Lunatic asylums Central Provinces reports 1886-1894 - 1886-1894
Year: 1886
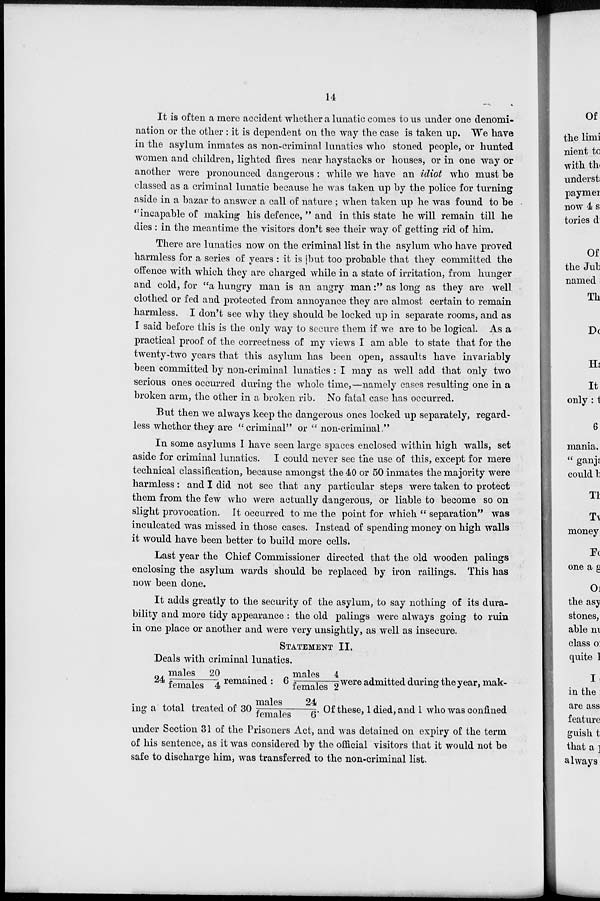
14
It is often a mere accident whether a lunatic comes to us under one denomi-
nation or the other : it is dependent on the way the case is taken up. We have
in the asylum inmates as non-criminal lunatics who stoned people, or hunted
women and children, lighted fires near haystacks or houses, or in one way or
another were pronounced dangerous : while we have an idiot who must be
classed as a criminal lunatic because he was taken up by the police for turning
aside in a bazar to answer a call of nature ; when taken up he was found to be
"incapable of making his defence, " and in this state he will remain till he
dies : in the meantime the visitors don't see their way of getting rid of him.
There are lunatics now on the criminal list in the asylum who have proved
harmless for a series of years : it is but too probable that they committed the
offence with which they are charged while in a state of irritation, from hunger
and cold, for "a hungry man is an angry man:" as long as they are well
clothed or fed and protected from annoyance they are almost certain to remain
harmless. I don't see why they should be locked up in separate rooms, and as
I said before this is the only way to secure them if we are to be logical. As a
practical proof of the correctness of my views I am able to state that for the
twenty-two years that this asylum has been open, assaults have invariably
been committed by non-criminal lunatics : I may as well add that only two
serious ones occurred during the whole time,—namely cases resulting one in a
broken arm, the other in a broken rib. No fatal case has occurred.
But then we always keep the dangerous ones locked up separately, regard-
less whether they are "criminal" or " non-criminal."
In some asylums I have seen large spaces enclosed within high walls, set
aside for criminal lunatics. I could never see the use of this, except for mere
technical classification, because amongst the 40 or 50 inmates the majority were
harmless: and I did not see that any particular steps were taken to protect
them from the few who were actually dangerous, or liable to become so on
slight provocation. It occurred to me the point for which " separation" was
inculcated was missed in those cases. Instead of spending money on high walls
it would have been better to build more cells.
Last year the Chief Commissioner directed that the old wooden palings
enclosing the asylum wards should be replaced by iron railings. This has
now been done.
It adds greatly to the security of the asylum, to say nothing of its dura-
bility and more tidy appearance : the old palings were always going to ruin
in one place or another and were very unsightly, as well as insecure.
STATEMENT II.
Deals with criminal lunatics.
24 males 20/female 4 remained : 6 males 4/female 2 were admitted during the year, mak-
ing a total treated of 30 males 24/female 6. Of these, 1 died, and 1 who was confined
under Section 31 of the Prisoners Act, and was detained on expiry of the term
of his sentence, as it was considered by the official visitors that it would not be
safe to discharge him, was transferred to the non-criminal list.